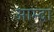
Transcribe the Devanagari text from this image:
आम्दा